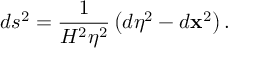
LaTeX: d s ^ { 2 } = \frac { 1 } { H ^ { 2 } \eta ^ { 2 } } \left( d \eta ^ { 2 } - d \mathbf { x } ^ { 2 } \right) .